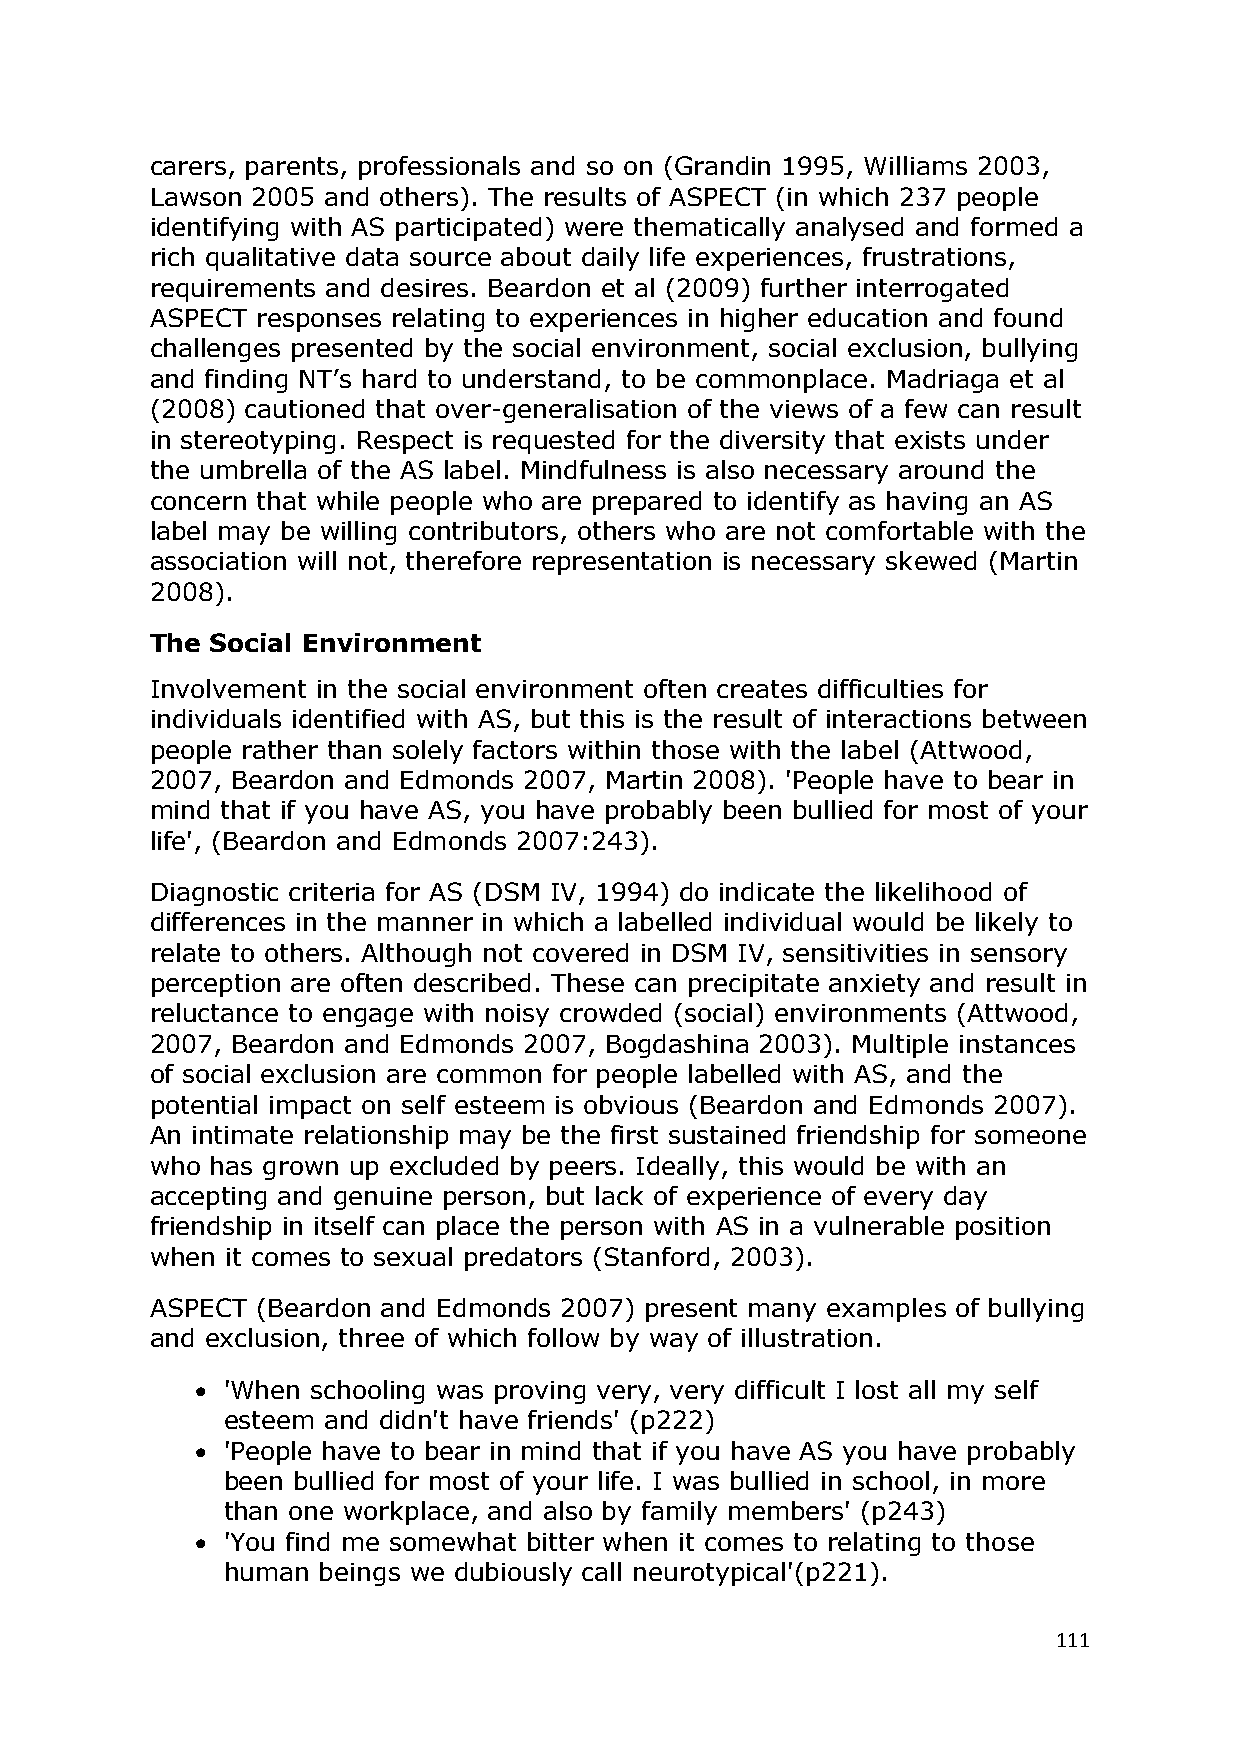
carers, parents, professionals and so on (Grandin 1995, Williams 2003,
 Lawson 2005 and others). The results of ASPECT (in which 237 people
 identifying with AS participated) were thematically analysed and formed a
 rich qualitative data source about daily life experiences, frustrations,
 requirements and desires. Beardon et al (2009) further interrogated
 ASPECT responses relating to experiences in higher education and found
 challenges presented by the social environment, social exclusion, bullying
 and finding NT‘s hard to understand, to be commonplace. Madriaga et al
 (2008) cautioned that over-generalisation of the views of a few can result
 in stereotyping. Respect is requested for the diversity that exists under
 the umbrella of the AS label. Mindfulness is also necessary around the
 concern that while people who are prepared to identify as having an AS
 label may be willing contributors, others who are not comfortable with the
 association will not, therefore representation is necessary skewed (Martin
 2008).
 The Social Environment
 Involvement in the social environment often creates difficulties for
 individuals identified with AS, but this is the result of interactions between
 people rather than solely factors within those with the label (Attwood,
 2007, Beardon and Edmonds 2007, Martin 2008). 'People have to bear in
 mind that if you have AS, you have probably been bullied for most of your
 life', (Beardon and Edmonds 2007:243).
 Diagnostic criteria for AS (DSM IV, 1994) do indicate the likelihood of
 differences in the manner in which a labelled individual would be likely to
 relate to others. Although not covered in DSM IV, sensitivities in sensory
 perception are often described. These can precipitate anxiety and result in
 reluctance to engage with noisy crowded (social) environments (Attwood,
 2007, Beardon and Edmonds 2007, Bogdashina 2003). Multiple instances
 of social exclusion are common for people labelled with AS, and the
 potential impact on self esteem is obvious (Beardon and Edmonds 2007).
 An intimate relationship may be the first sustained friendship for someone
 who has grown up excluded by peers. Ideally, this would be with an
 accepting and genuine person, but lack of experience of every day
 friendship in itself can place the person with AS in a vulnerable position
 when it comes to sexual predators (Stanford, 2003).
 ASPECT (Beardon and Edmonds 2007) present many examples of bullying
 and exclusion, three of which follow by way of illustration.
  'When schooling was proving very, very difficult I lost all my self
 esteem and didn't have friends' (p222)
  'People have to bear in mind that if you have AS you have probably
 been bullied for most of your life. I was bullied in school, in more
 than one workplace, and also by family members' (p243)
  'You find me somewhat bitter when it comes to relating to those
 human beings we dubiously call neurotypical'(p221).
 111